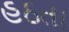
હઠતા